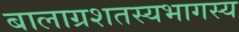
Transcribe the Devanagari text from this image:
बालाग्रशतस्यभागस्य